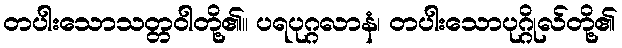
တပါးသောသတ္တဝါတို့၏။ ပရပုဂ္ဂလာနံ၊ တပါးသောပုဂ္ဂိုလ်တို့၏